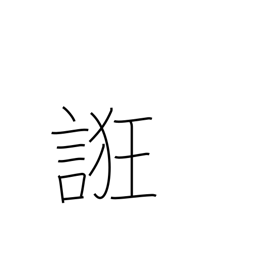
Meaning: coax